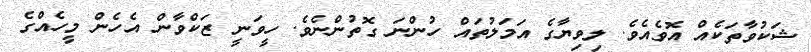
ޝަކުވާތަކެއް އޮވެއެވެ. ލިވިޔާގެ އަމަލުތައް ހުންނަ ގޮތުންނެވެ. ހީވަނީ ޒަކްވާން އެހެން މީހެއްގެ